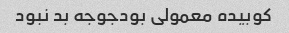
کوبیده معمولی بودجوجه بد نبود